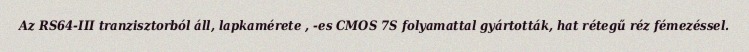
Az RS64-III tranzisztorból áll, lapkamérete , -es CMOS 7S folyamattal gyártották, hat rétegű réz fémezéssel.